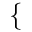
\begin{array} { r } { \mathopen { } \mathclose \bgroup \left\{ \begin{array} { r l } \end{array} \aftergroup \egroup \right. } \end{array}